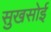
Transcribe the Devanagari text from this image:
सुखसोई